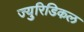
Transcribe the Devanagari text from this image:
ज्युरिडिकल